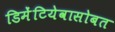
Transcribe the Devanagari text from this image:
डिमेंटियेवासोबत